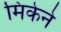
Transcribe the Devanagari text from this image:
मिकेने